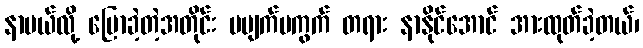
နာမယ်လို့ ပြောခဲ့တဲ့အတိုင်း မပျက်မကွက် တရား နာနိုင်အောင် အားထုတ်ခဲ့တယ်၊